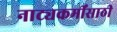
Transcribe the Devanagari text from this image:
नाट्यकर्मींसाठी